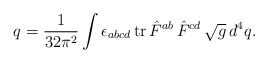
\begin{align*}q=\frac 1{32\pi ^2}\int \epsilon _{abcd}\,{\rm tr\,}\hat{F}^{ab}\,\hat{F}^{cd}\,\sqrt{g}\,d^4q.\end{align*}